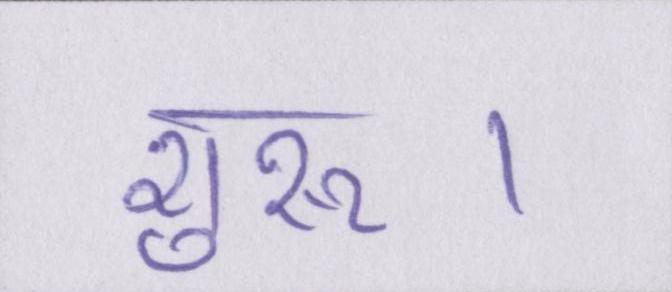
शुरू।